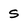
Character: s